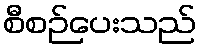
စီစဉ်ပေးသည်